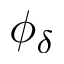
\phi _ { \delta }